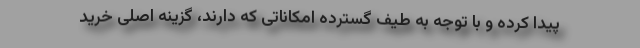
پیدا کرده و با توجه به طیف گسترده امکاناتی که دارند، گزینه اصلی خرید